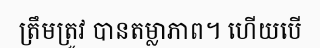
ត្រឹមត្រូវ បានតម្លាភាព។ ហើយបើ